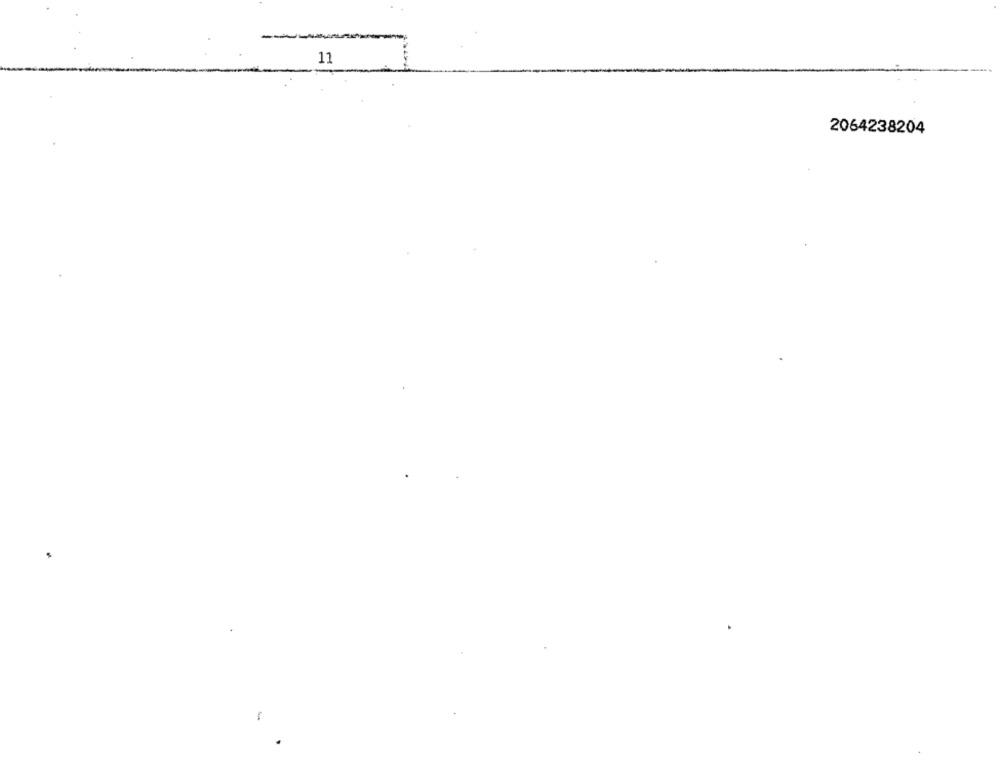
----
11
2064238204
laye